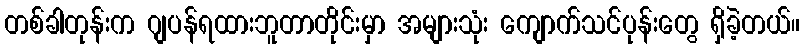
တစ်ခါတုန်းက ဂျပန်ရထားဘူတာတိုင်းမှာ အများသုံး ကျောက်သင်ပုန်းတွေ ရှိခဲ့တယ်။